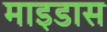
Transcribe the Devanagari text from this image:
माइडास